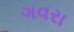
ગવરા